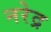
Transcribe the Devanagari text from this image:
नरेद्र